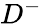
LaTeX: D^{-}